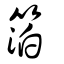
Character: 箔